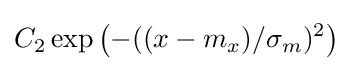
C_{2}\exp \left(-((x-m_{x})/\sigma _{m})^{2}\right)